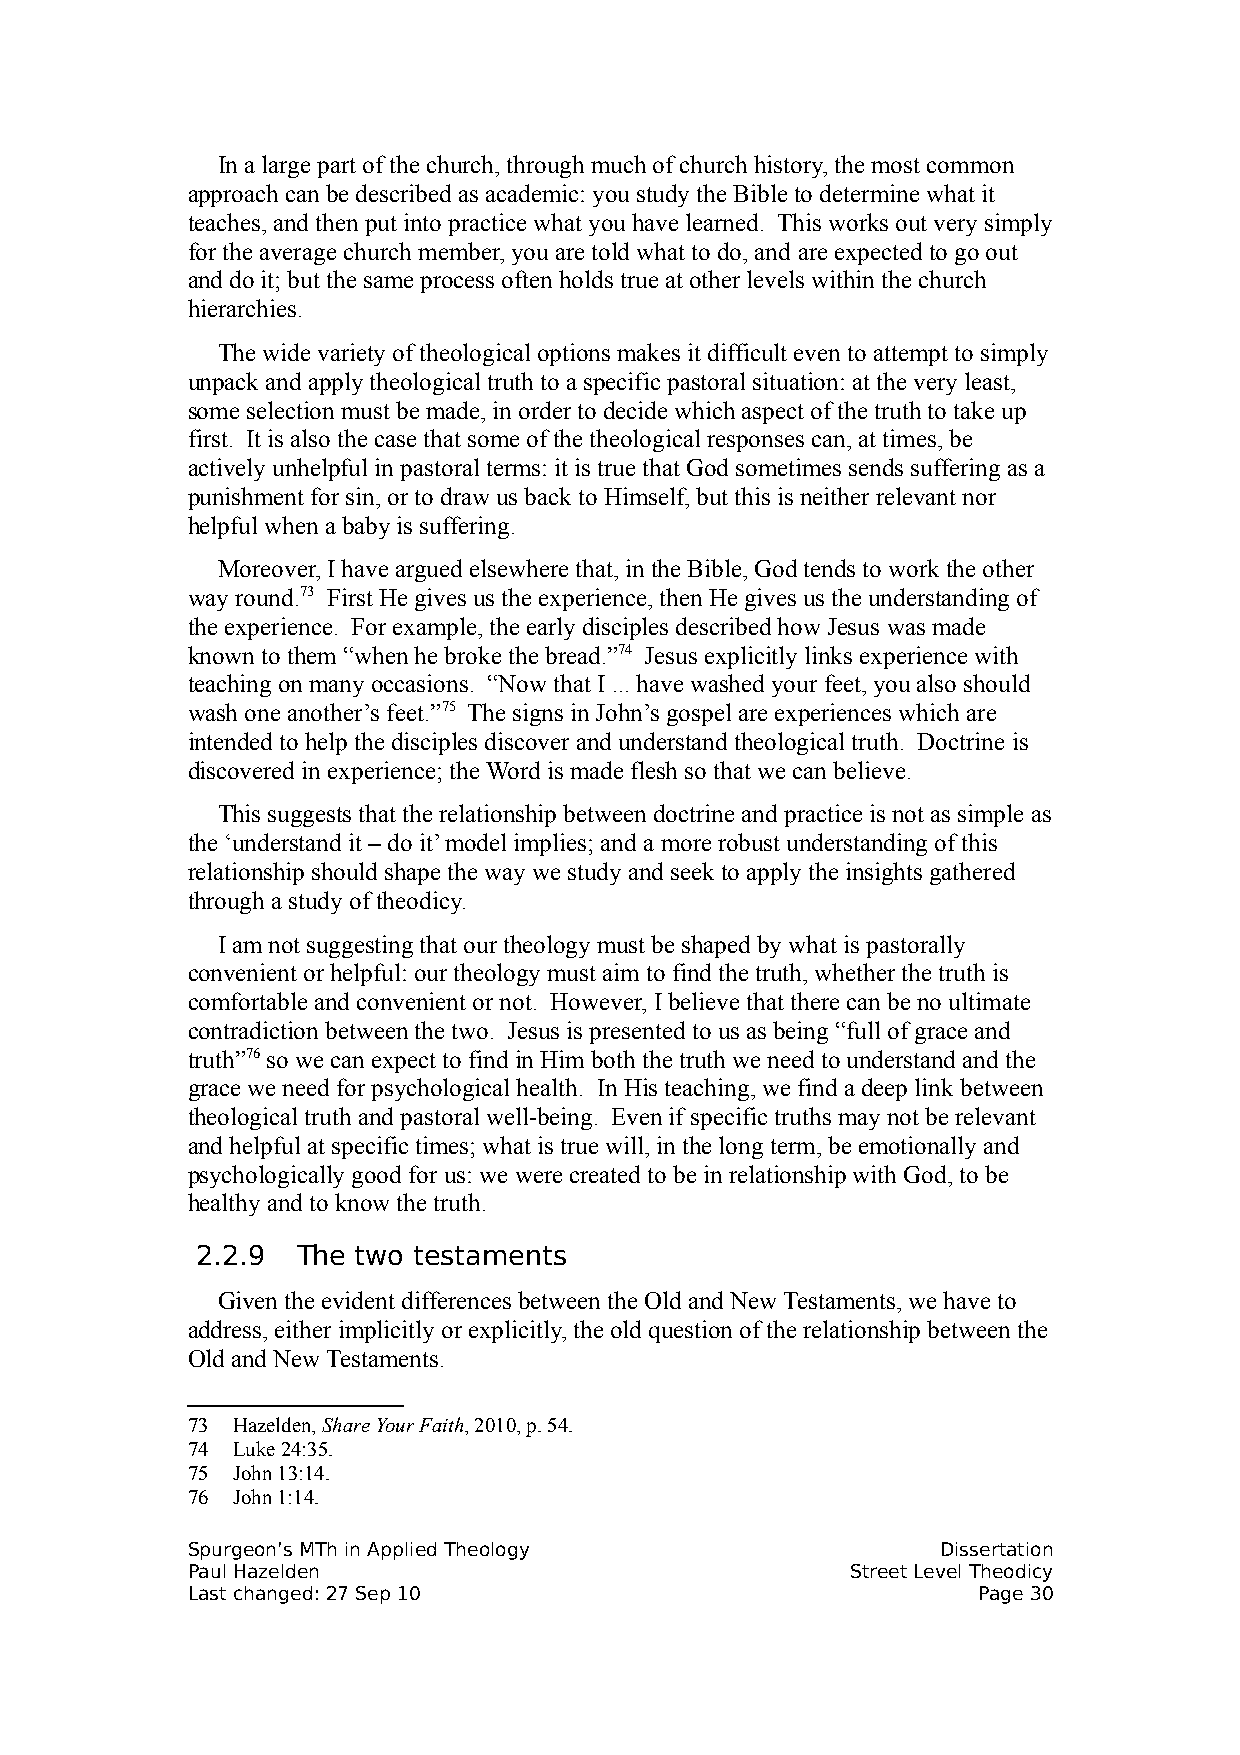
In a large part of the church, through much of church history, the most common
 approach can be described as academic: you study the Bible to determine what it
 teaches, and then put into practice what you have learned. This works out very simply
 for the average church member, you are told what to do, and are expected to go out
 and do it; but the same process often holds true at other levels within the church
 hierarchies.
 The wide variety of theological options makes it difficult even to attempt to simply
 unpack and apply theological truth to a specific pastoral situation: at the very least,
 some selection must be made, in order to decide which aspect of the truth to take up
 first. It is also the case that some of the theological responses can, at times, be
 actively unhelpful in pastoral terms: it is true that God sometimes sends suffering as a
 punishment for sin, or to draw us back to Himself, but this is neither relevant nor
 helpful when a baby is suffering.
 Moreover, I have argued elsewhere that, in the Bible, God tends to work the other
 way round.73 First He gives us the experience, then He gives us the understanding of
 the experience. For example, the early disciples described how Jesus was made
 known to them “when he broke the bread.”74 Jesus explicitly links experience with
 teaching on many occasions. “Now that I ... have washed your feet, you also should
 wash one another’s feet.”75 The signs in John’s gospel are experiences which are
 intended to help the disciples discover and understand theological truth. Doctrine is
 discovered in experience; the Word is made flesh so that we can believe.
 This suggests that the relationship between doctrine and practice is not as simple as
 the ‘understand it – do it’ model implies; and a more robust understanding of this
 relationship should shape the way we study and seek to apply the insights gathered
 through a study of theodicy.
 I am not suggesting that our theology must be shaped by what is pastorally
 convenient or helpful: our theology must aim to find the truth, whether the truth is
 comfortable and convenient or not. However, I believe that there can be no ultimate
 contradiction between the two. Jesus is presented to us as being “full of grace and
 truth”76 so we can expect to find in Him both the truth we need to understand and the
 grace we need for psychological health. In His teaching, we find a deep link between
 theological truth and pastoral well-being. Even if specific truths may not be relevant
 and helpful at specific times; what is true will, in the long term, be emotionally and
 psychologically good for us: we were created to be in relationship with God, to be
 healthy and to know the truth.
 2.2.9  The two testaments
 Given the evident differences between the Old and New Testaments, we have to
 address, either implicitly or explicitly, the old question of the relationship between the
 Old and New Testaments.
 73 Hazelden, Share Your Faith, 2010, p. 54.
 74 Luke 24:35.
 75 John 13:14.
 76 John 1:14.
 Spurgeon’s MTh in Applied Theology                Dissertation
 Paul Hazelden                               Street Level Theodicy
 Last changed: 27 Sep 10                              Page 30